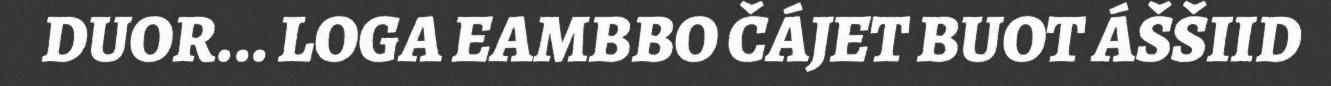
DUOR... LOGA EAMBBO ČÁJET BUOT ÁŠŠIID